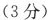
(3分)